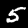
Digit: 5